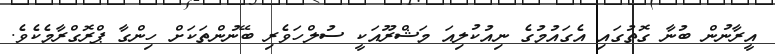
އީރާނުން ބުނާ ގޮތުގައި އެގައުމުގެ ނިއުކުލިއަ މަޝްރޫއަކީ ސުލްހަވެރި ބޭނުންތަކަށް ހިންގާ ޕްރޮގްރާމެކެވެ.